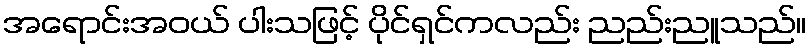
အရောင်းအဝယ် ပါးသဖြင့် ပိုင်ရှင်ကလည်း ညည်းညူသည်။